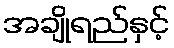
အချိုရည်နှင့်